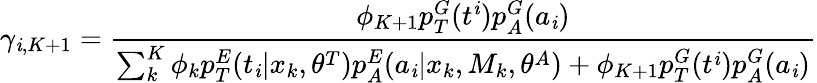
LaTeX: \gamma_{\mathit{i},K+1}=\frac{{\phi_{K+1}p_{T}^{G}(t^{\mathit{i}})p_{A}^{G}(a_{\mathit{i}})}}{{\sum_{k}^{K}\phi_{k}p_{T}^{E}(t_{\mathit{i}}|x_{k},\theta^{T})p_{A}^{E}(a_{\mathit{i}}|x_{k},M_{k},\theta^{A})+\phi_{K+1}p_{T}^{G}(t^{\mathit{i}})p_{A}^{G}(a_{\mathit{i}})}}